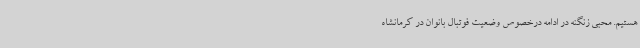
هستیم. محبی زنگنه در ادامه درخصوص وضعیت فوتبال بانوان در کرمانشاه